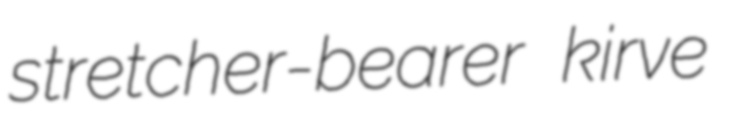
stretcher-bearer kirve